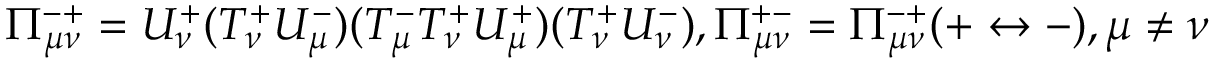
\Pi _ { \mu \nu } ^ { - + } = U _ { \nu } ^ { + } ( T _ { \nu } ^ { + } U _ { \mu } ^ { - } ) ( T _ { \mu } ^ { - } T _ { \nu } ^ { + } U _ { \mu } ^ { + } ) ( T _ { \nu } ^ { + } U _ { \nu } ^ { - } ) , \Pi _ { \mu \nu } ^ { + - } = \Pi _ { \mu \nu } ^ { - + } ( + \leftrightarrow - ) , \mu \neq \nu